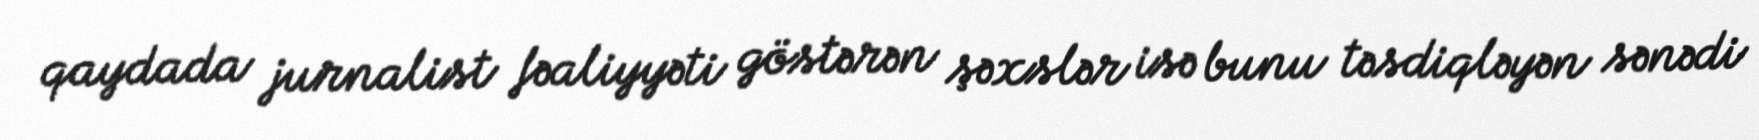
qaydada jurnalist fəaliyyəti göstərən şəxslər isə bunu təsdiqləyən sənədi